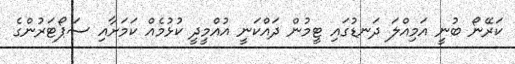
ކަރޭނޯ ބުނީ އަމިއްލަ ދަނޑުގައި ޓީމުން ދައްކަނީ އުއްމީދީ ކުޅުމެއް ކަމަށާއި ސަޕޯޓަރުންގެ